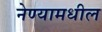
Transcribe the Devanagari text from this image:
नेण्यामधील